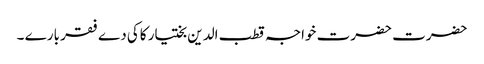
حضرت حضرت خواجہ قطب الدین بختیار کاکی دے فقر بارے ۔